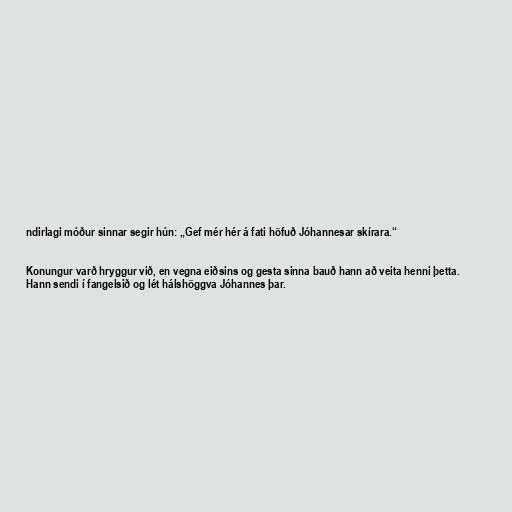
ndirlagi móður sinnar segir hún: „Gef mér hér á fati höfuð Jóhannesar skírara.“

Konungur varð hryggur við, en vegna eiðsins og gesta sinna bauð hann að veita henni þetta.
Hann sendi í fangelsið og lét hálshöggva Jóhannes þar.